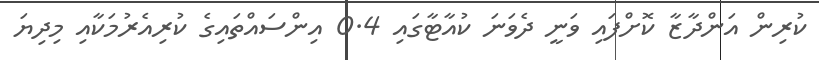
ކުރިން އަންދާޒާ ކޮށްފައި ވަނީ ދެވަނަ ކުއާޓާގައި 0.4 އިންސައްތައިގެ ކުރިއެރުމަކާއި މިދިޔަ